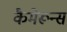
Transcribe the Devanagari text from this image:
कैमेरून्स